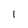
Character: l